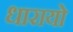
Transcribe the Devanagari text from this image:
धारायो